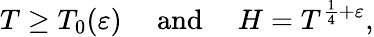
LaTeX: T\geq T_{0}(\varepsilon)\quad{\mathrm{~and~}}\quad H=T^{{\frac{1}{4}}+\varepsilon},